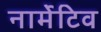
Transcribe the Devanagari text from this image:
नार्मेटिव